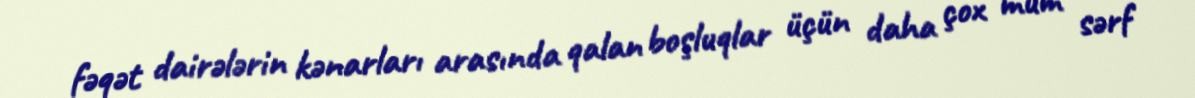
fəqət dairələrin kənarları arasında qalan boşluqlar üçün daha çox mum sərf